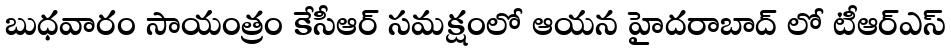
బుధవారం సాయంత్రం కేసీఆర్ సమక్షంలో ఆయన హైదరాబాద్ లో టీఆర్ఎస్